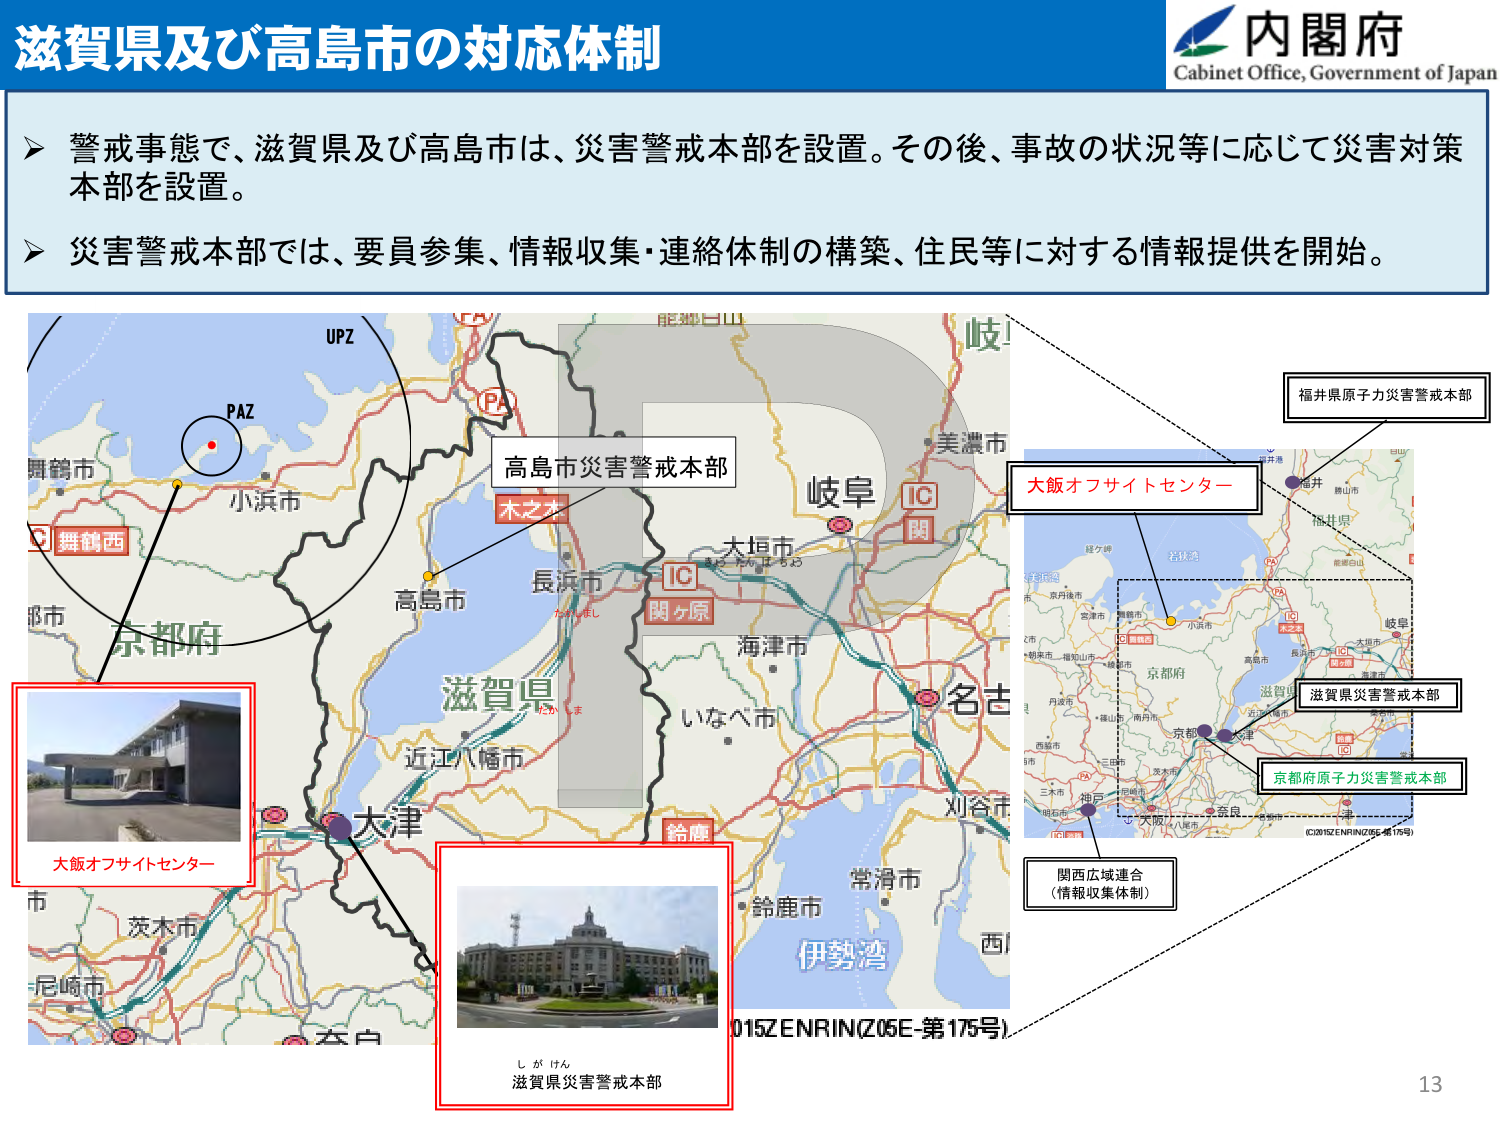
滋賀県及び高島市の対応体制
内閣府
Cabinet Office, Government of Japan

➤ 警戒事態で、滋賀県及び高島市は、災害警戒本部を設置。その後、事故の状況等に応じて災害対策本部を設置。
➤ 災害警戒本部では、要員参集、情報収集・連絡体制の構築、住民等に対する情報提供を開始。

UPZ
PAZ
舞鶴市
小浜市
舞鶴西
京都府
高島市
長浜市
大垣市
関ヶ原
IC
岐阜
美濃市
海津市
いなべ市
名古屋
刈谷市
常滑市
鈴鹿市
伊勢湾
西
滋賀県
近江八幡市
大津
大飯オフサイトセンター
福井県原子力災害警戒本部
大飯オフサイトセンター
滋賀県災害警戒本部
京都府原子力災害警戒本部
関西広域連合
（情報収集体制）
(C)2015 ZENRIN(Z05E-第175号)
大飯オフサイトセンター
滋賀県災害警戒本部
しがけん
015ZENRIN(Z05E-第175号)
13